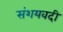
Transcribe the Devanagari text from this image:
संशयवदी